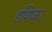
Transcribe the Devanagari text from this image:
इशिका